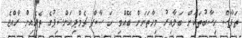
ތަފާސް ހިސާބުތަކަށް ބަލާއިރު މިހާތަނަށް ބޭއްވި ހަ ސާފް ޗެމްޕިއަންޝިޕުގެ ތެރެއިން ރާއްޖެ